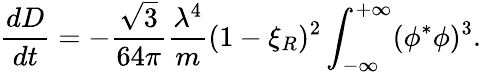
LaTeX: {\frac{dD}{dt}}=-{\frac{\sqrt{3}}{64\pi}}{\frac{\lambda^{4}}{m}}(1-\xi_{R})^{2}\int_{-\infty}^{+\infty}(\phi^{*}\phi)^{3}.